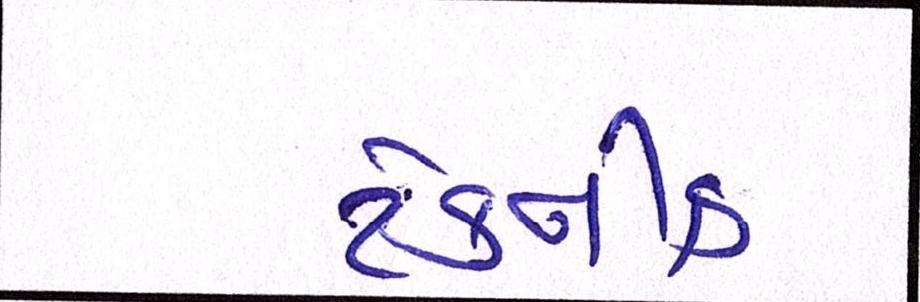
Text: ટેકનીક